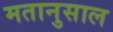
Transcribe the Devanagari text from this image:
मतानुसाल